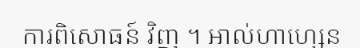
ការពិសោធន៍ វិញ ។ អាល់ហាហ្សេន